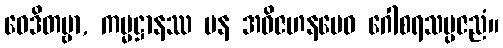
ဝေဒိတဗ္ဗာ, ကမ္မဋ္ဌာနဿ ပန အဝိဇဟနမေဝ ဂေါစရသမ္ပဇညံ။